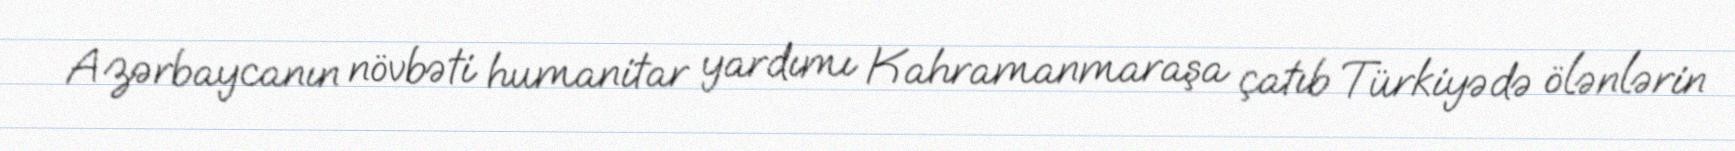
Azərbaycanın növbəti humanitar yardımı Kahramanmaraşa çatıb Türkiyədə ölənlərin